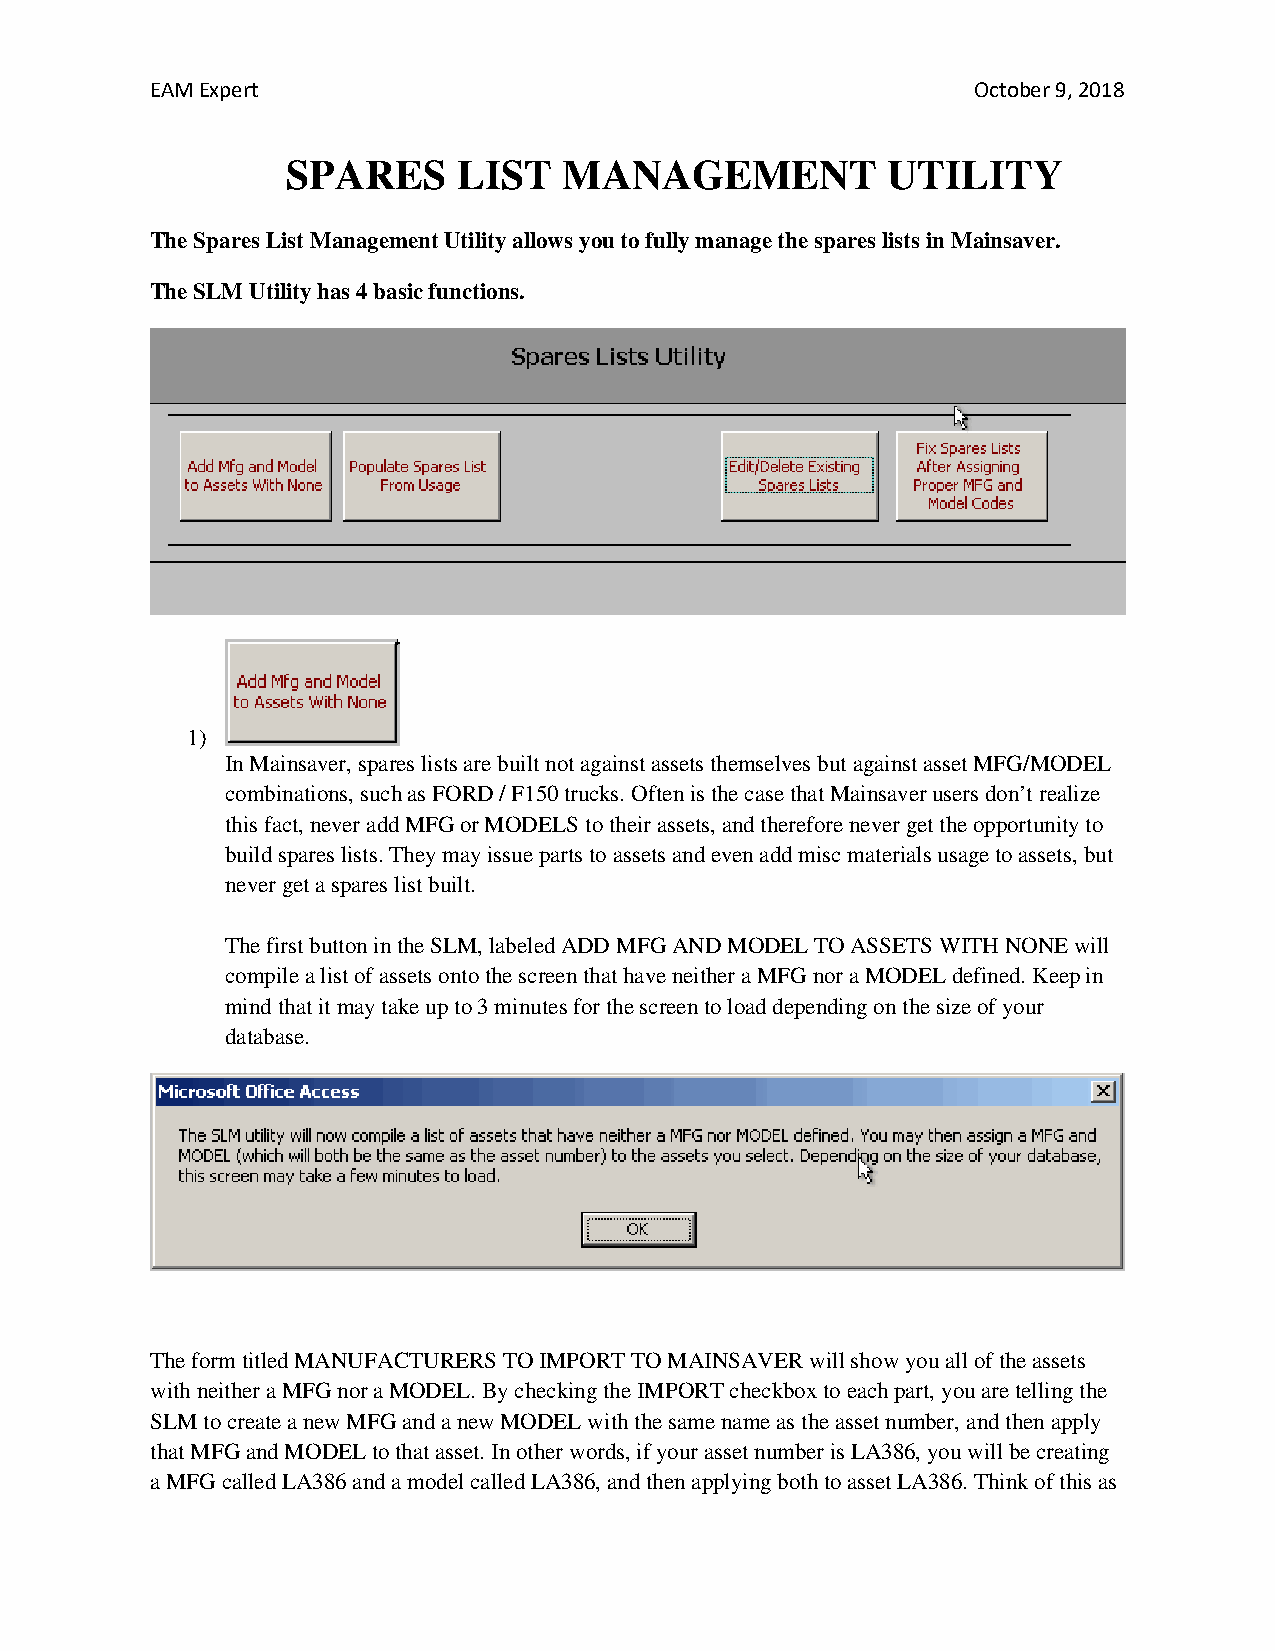
EAM Expert                                             October 9, 2018
 SPARES     LIST   MANAGEMENT            UTILITY
 The Spares List Management Utility allows you to fully manage the spares lists in Mainsaver.
 The SLM Utility has 4 basic functions.
 1)
 In Mainsaver, spares lists are built not against assets themselves but against asset MFG/MODEL
 combinations, such as FORD / F150 trucks. Often is the case that Mainsaver users don’t realize
 this fact, never add MFG or MODELS to their assets, and therefore never get the opportunity to
 build spares lists. They may issue parts to assets and even add misc materials usage to assets, but
 never get a spares list built.
 The first button in the SLM, labeled ADD MFG AND MODEL TO ASSETS WITH NONE will
 compile a list of assets onto the screen that have neither a MFG nor a MODEL defined. Keep in
 mind that it may take up to 3 minutes for the screen to load depending on the size of your
 database.
 The form titled MANUFACTURERS TO IMPORT TO MAINSAVER will show you all of the assets
 with neither a MFG nor a MODEL. By checking the IMPORT checkbox to each part, you are telling the
 SLM to create a new MFG and a new MODEL with the same name as the asset number, and then apply
 that MFG and MODEL to that asset. In other words, if your asset number is LA386, you will be creating
 a MFG called LA386 and a model called LA386, and then applying both to asset LA386. Think of this as